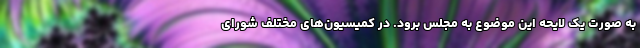
به صورت یک لایحه این موضوع به مجلس برود. در کمیسیون‌های مختلف شورای